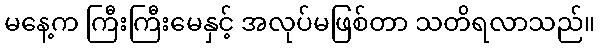
မနေ့က ကြီးကြီးမေနှင့် အလုပ်မဖြစ်တာ သတိရလာသည်။